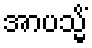
အာပသ္မိံ